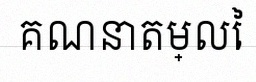
គណនាតម្លៃ